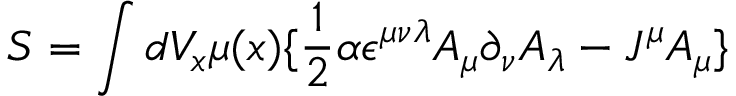
S = \int d V _ { x } \mu ( x ) \lbrace \frac { 1 } { 2 } \alpha \epsilon ^ { \mu \nu \lambda } A _ { \mu } \partial _ { \nu } A _ { \lambda } - J ^ { \mu } A _ { \mu } \rbrace